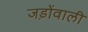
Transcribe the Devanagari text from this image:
जड़ोंवाली